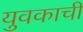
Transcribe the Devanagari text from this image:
युवकाची